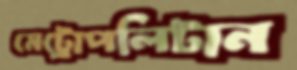
মেট্রোপলিটান